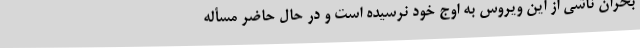
بحران ناشی از این ویروس به اوج خود نرسیده است و در حال حاضر مسأله